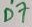
Text: D7